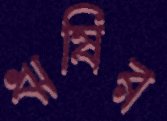
ঋষির